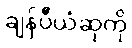
ချန်ပီယံဆုကို